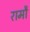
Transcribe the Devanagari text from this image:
रामौ